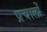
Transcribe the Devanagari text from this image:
प्रचालों